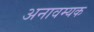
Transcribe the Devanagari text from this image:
अनावम्यक